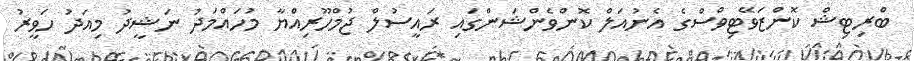
ބްރިޓިޝް ކޮންޒަވޭޓިވްސްގެ އެނުއަލް ކޮންވެންޝަންގައި ރައީސުލް ޖުމްހޫރިއްޔާ މުހައްމަދު ނަޝީދު މިއަދު ހަވީރު